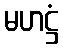
မဟဋ္ဌံ